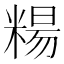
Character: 糃